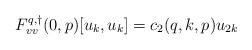
LaTeX: \begin{align*}F^{q,\dagger}_{vv}(0,p)[u_k,u_k] &= c_2(q,k,p) u_{2k}\end{align*}